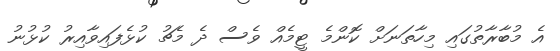
އެ މުބާރާތުގައި މިހާތަނަށް ކޮންމެ ޓީމެއް ވެސް ދެ މެޗު ކުޅެފައިވާއިރު ކުޅުނު